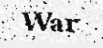
War